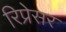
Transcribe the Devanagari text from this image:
रिप्रेसर